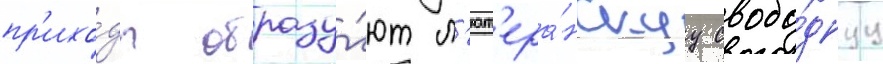
пр'ихо́ды образу́ют л'ют'ера́нскуу свобо́днуу